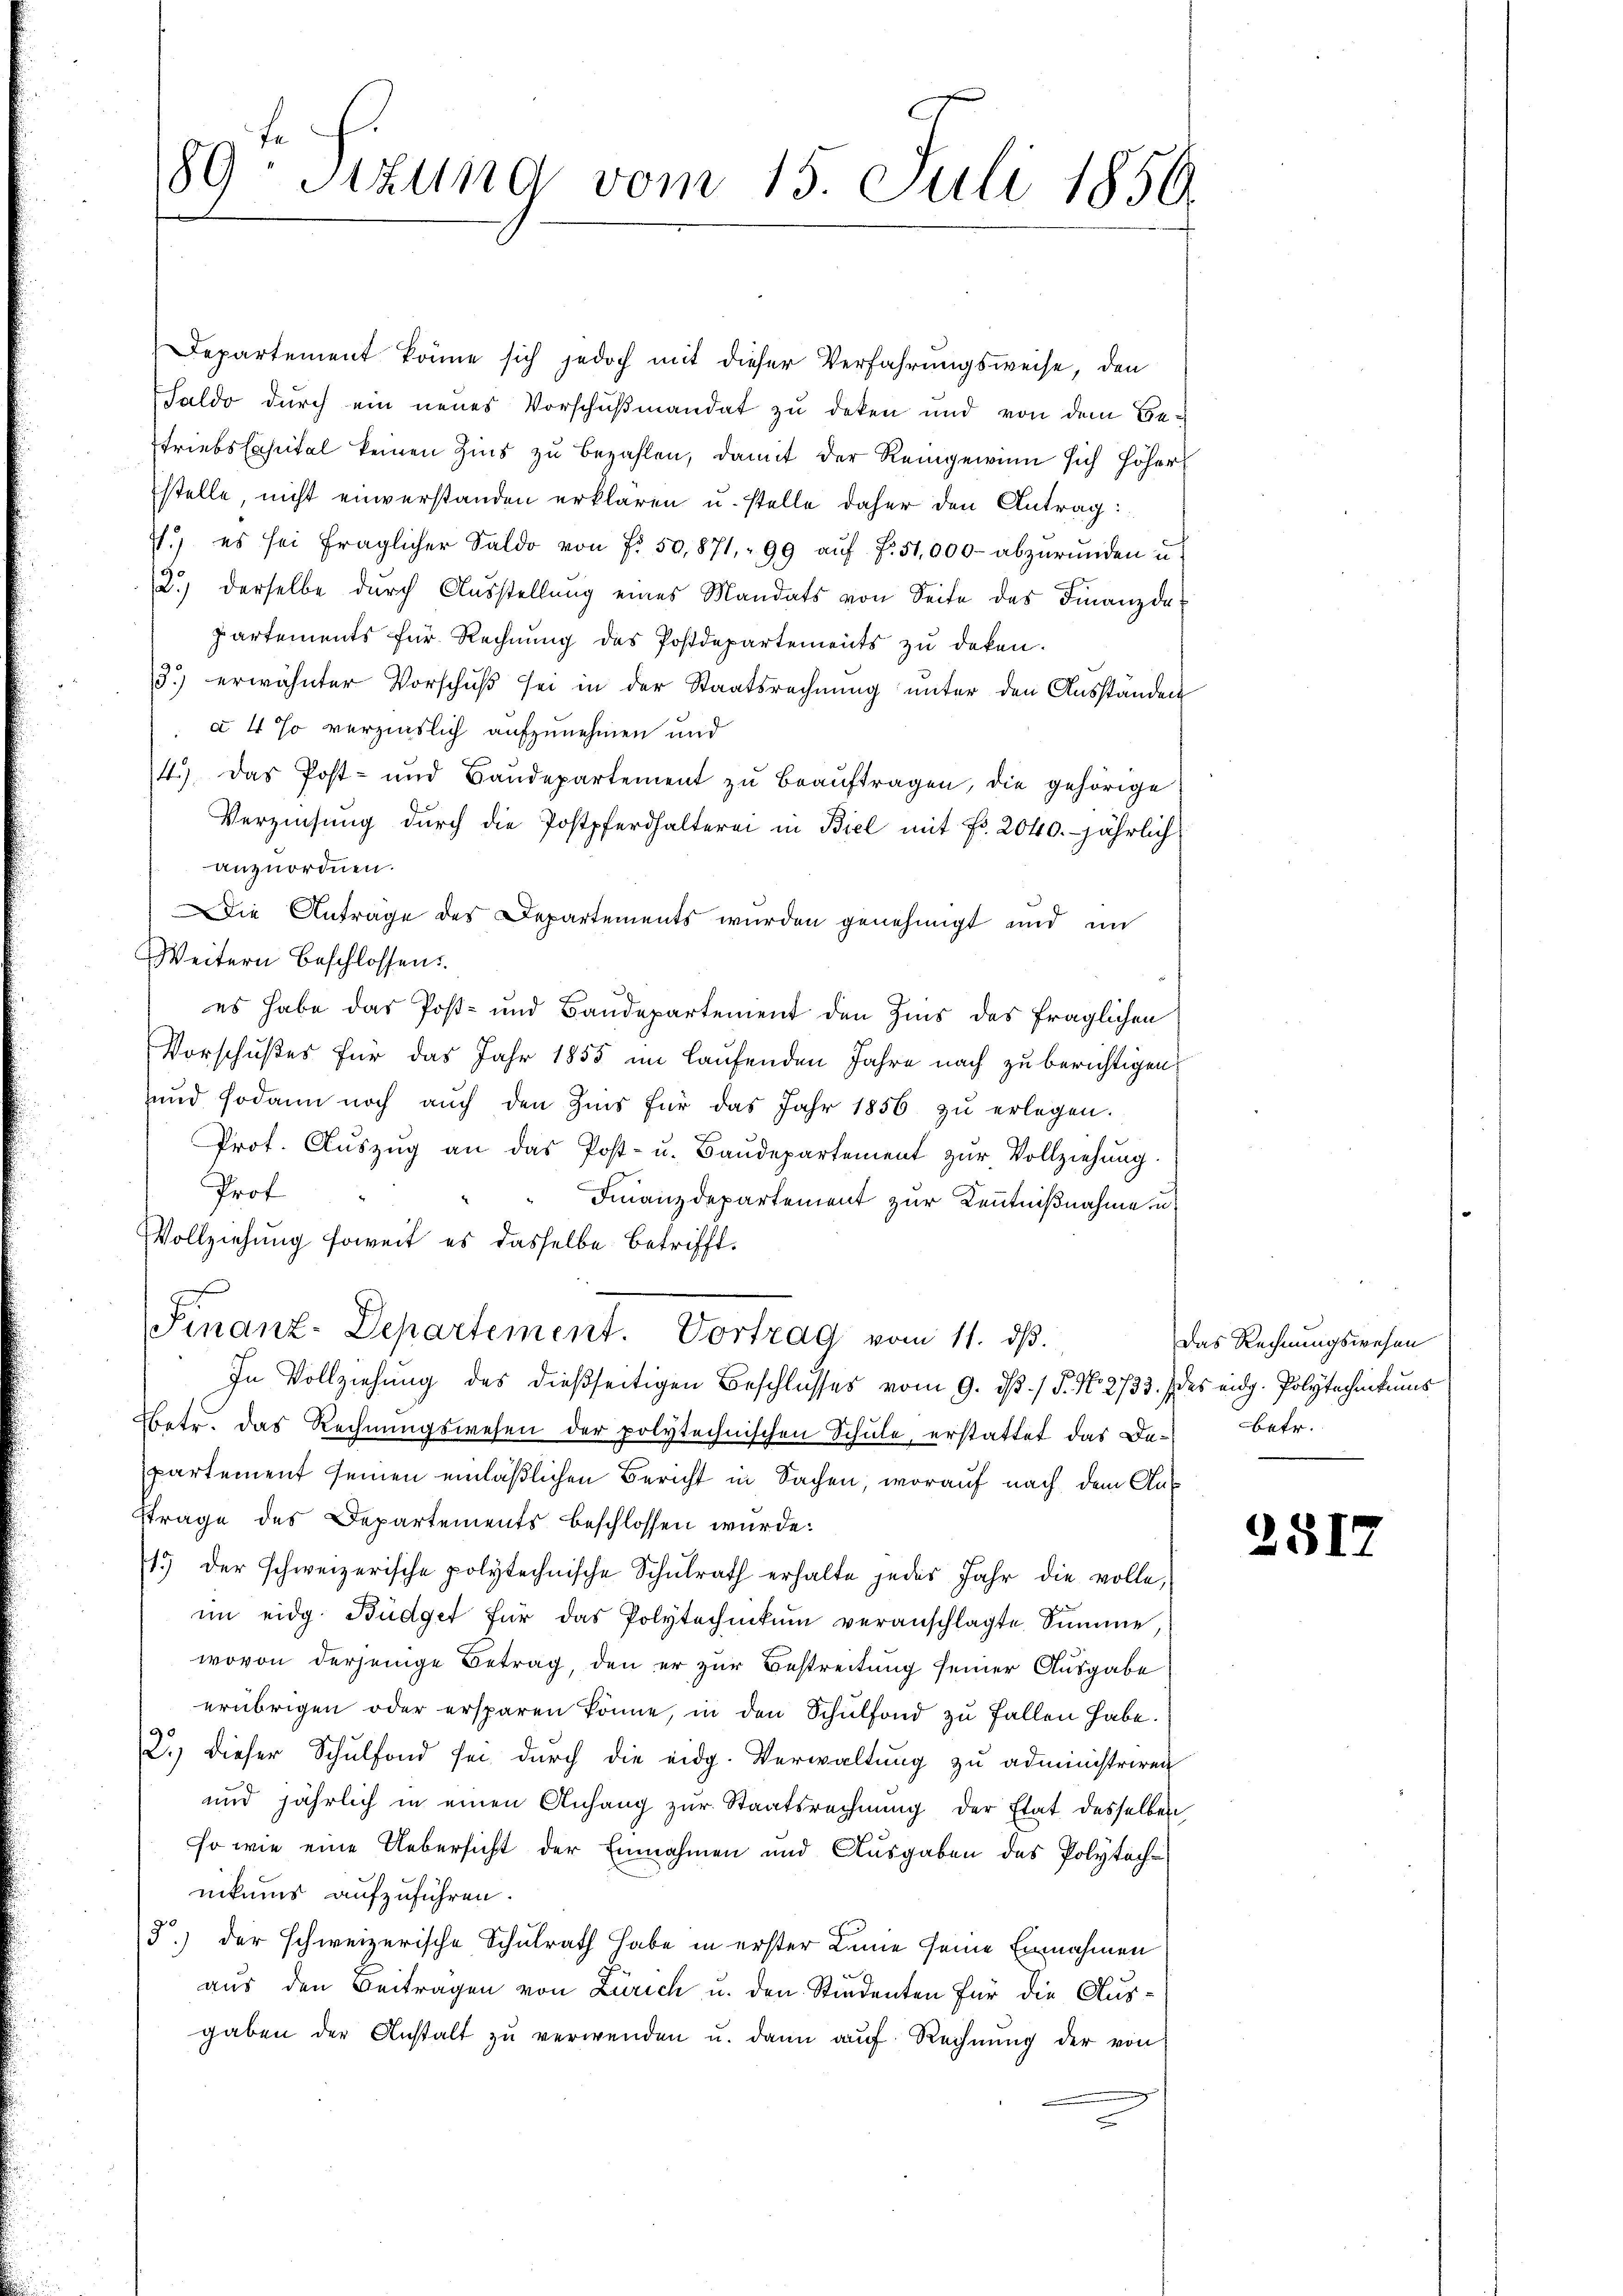
fe
89: Sizung vom 15. Juli 1850.

Departement könne sich jedoch mit dieser Verfahrungsweise, den
Saldo durch ein neues Vorschußmandat zu deken und von dem Be¬
Triebstahital keinen Zins zu bezahlen, damit der Reingewinn sich höher
stelle, nicht einverstanden erklären u. stelle daher den Antrag:
st.) es sei fraglicher Saldo von Fr. 50,871, 99 aŭf f. 51,000 abzŭrŭnden u.
2.) derselbe durch Ausstellŭng eines Mandats von Seite des Finanzda-
partements für Rechnung des Postdepartements zu deken.
3.) erwähnter Vorschŭβ sei in der Staatsrechnŭng ŭnter den Ausständen
à 4 so verzinslich aufzunehmen und
4.) Das Post- und Baŭdepartement zŭ beaŭftragen, die gehörige
Verzinsung durch die Postpferdhalterei in Biel mit Fr. 2040. jährlich
anzuordnen.
Die Anträge des Departements wurden genehmigt und in
Weitern beschlossens.
es habe das Post- und Baudepartement den Zins des fraglichen
Vorschußes für das Jahr 1855 im laufenden Jahre nach zu berichtigen,
und sodann noch aŭch den Zins für das Jahr 1856 zŭ erlegen.
Prot. Aŭszŭg an das Post- u. Baŭdepartement zŭr Vollziehung.
Prof.
Finanzdepartement zur Kenntnißnahme u
Vollziehung soweit es dasselbe betrifft.
Finanz-Departement. Vortrag vom 11. ds.
In Vollziehung des dießseitigen Beschlusses vom 9. ds. / P. Nr. 2733. (des eidg. Polytechnikums
Betr. das Rechnŭngswesen der polytechnischen Schŭle, erstattet das De- betr.
partement seinen einläßlichen Bericht in Sachen, worauf nach dem Auf
ftrage des Departements beschlossen wurde:
1.) Der schweizerische polytechnische Schulrath erhalte jedes Jahr die volle,
im eidg. Büdget für das Polytechnikum veranschlagte Summe,
wovon derjenige Betrag, den er zur Bestreitung seiner Ausgabe
erübrigen oder ersparen könne, in den Schulfond zu fallen habe.
2.) dieser Schulfond sei durch die eidg. Verwaltung zu administriren
und jährlich in einen Anhang zur Staatsrechnung der Etat desselben
so wie eine Uebersicht der Einnahmen und Ausgaben des Polytechnikums aufzuführen.
5) der schweizerische Schulrath habe in erster Linie seine Einnahmen
aus den Beitragen von Zürich u. den Stiedenten für die Ausgaben der Anstalt zu verwenden u. dann auf Rechnung der von

Das Rechnungswesen

2517